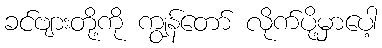
ခင်ဗျားတို့ကို ကျွန်တော် လိုက်ပို့မှာပေါ့